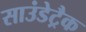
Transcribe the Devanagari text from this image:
साउंडेट्रैक